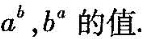
a^{b}，b^{a}的值.